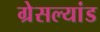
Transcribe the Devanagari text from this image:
ग्रेसल्यांड